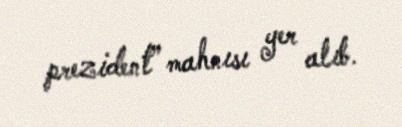
prezident” mahnısı yer alıb.